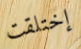
إختلقت